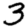
Digit: 3